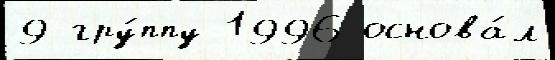
9 гру́ппу 1996 основа́л